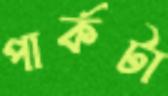
পার্কটা